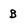
Character: B